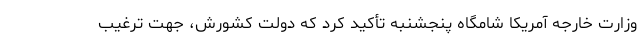
وزارت خارجه آمریکا شامگاه پنجشنبه تأکید کرد که دولت کشورش، جهت ترغیب